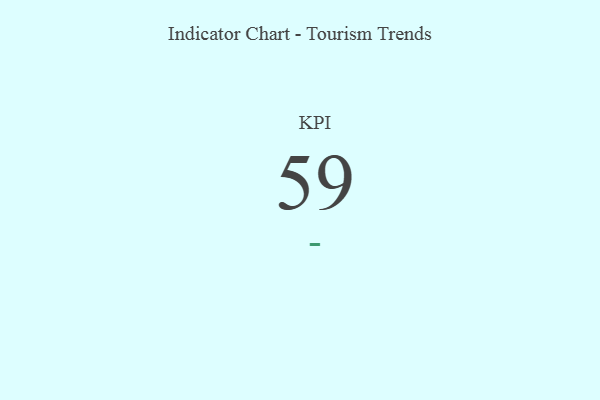
{"axis": {"x": "KPI", "y": "Value"}, "legend": [""], "data": [{"x": "KPI", "y": 59, "type": ""}]}